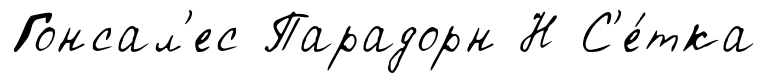
Гонсал'ес Парадорн Н С'е́тка